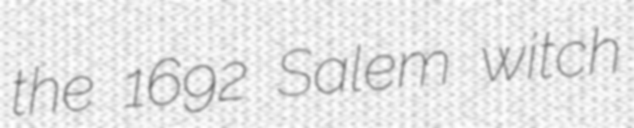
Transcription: the 1692 Salem witch